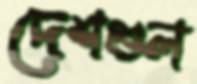
দেশগুল